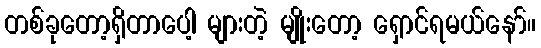
တစ်ခုတော့ရှိတာပေါ့ များတဲ့ မျိုးတော့ ရှောင်ရမယ်နော်။